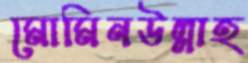
মোমিনউল্লাহ